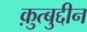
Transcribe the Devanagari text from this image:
क़ुत्बुद्दीन